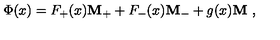
\Phi ( x ) = F _ { + } ( x ) { \bf M _ { + } } + F _ { - } ( x ) { \bf M _ { - } } + g ( x ) { \bf M } \ ,